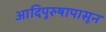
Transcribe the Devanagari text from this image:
आदिपुरुषापासून